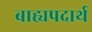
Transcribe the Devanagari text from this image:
बाह्यपदार्थ